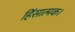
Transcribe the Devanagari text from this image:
हिंसात्मक।